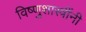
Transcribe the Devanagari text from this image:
विष्णुशास्त्रींनी